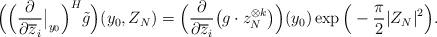
LaTeX: \begin{align*}\Big( \Big( \frac{\partial}{\partial \overline{z}_i} \big|_{y_0}\Big)^{H} \tilde{g}\Big) (y_0, Z_N)=\Big( \frac{\partial}{\partial \overline{z}_i} \big( g \cdot z_N^{\otimes k} \big) \Big)(y_0) \exp \Big(- \frac{\pi}{2} |Z_N|^2 \Big).\end{align*}